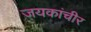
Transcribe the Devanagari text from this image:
जयकांचीर